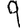
Digit: 9